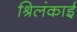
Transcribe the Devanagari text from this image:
श्रिलंकाई